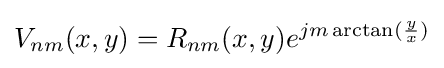
V_{nm}(x,y)=R_{nm}(x,y)e^{jm\arctan({\frac {y}{x}})}